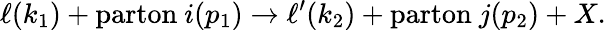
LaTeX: \ell(k_{1})+\mathrm{parton}\ i(p_{1})\rightarrow\ell^{\prime}(k_{2})+\mathrm{parton}\ j(p_{2})+X.